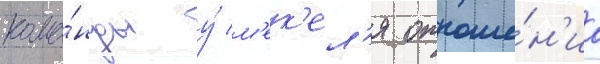
кома́нды у́ м'ек'ел'я отноше́н'иа